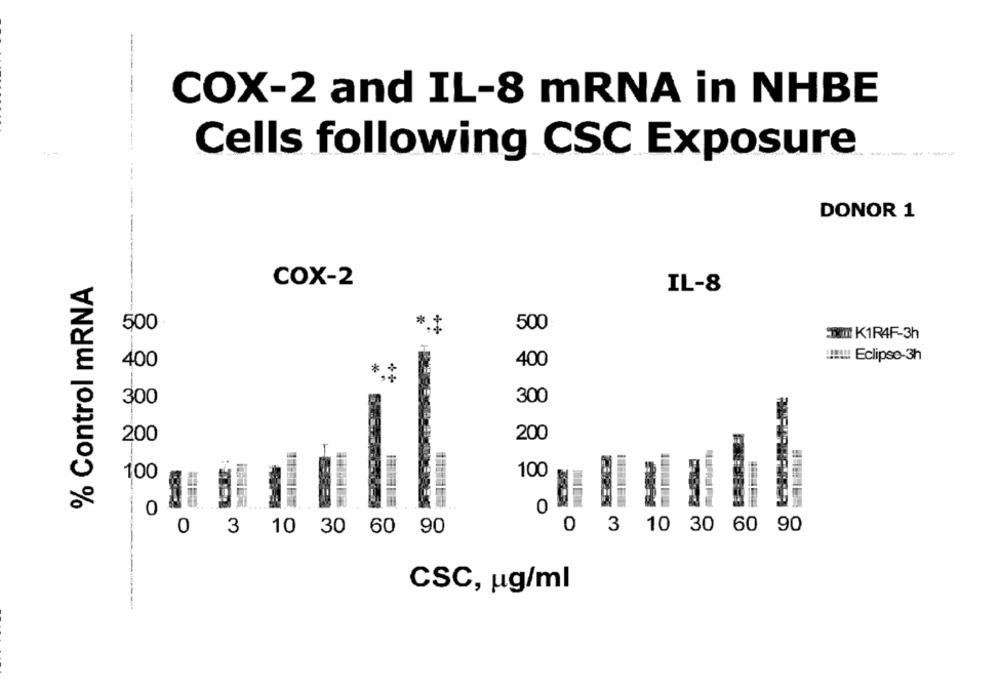
COX-2 and IL-8 mRNA in NHBE
Cells following CSC Exposure
DONOR 1
% Control mRNA
COX-2
IL-8
500
**
500
TXII K1R4F-3h
!!!!!! Eclipse-3h
400
400
*
300
300
200
200
T
100
100
0
-
O
0 3 10 30 60 90
0 3 10 30 60 90
CSC, ug/ml